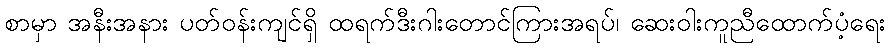
စာမှာ အနီးအနား ပတ်ဝန်းကျင်ရှိ ထရက်ဒီးဂါးတောင်ကြားအရပ်၊ ဆေးဝါးကူညီထောက်ပံ့ရေး